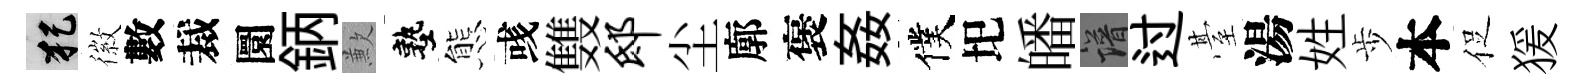
犯徽數裁圜鈵歉塾態彧䨇邸尘廓褒姦僕圯皤譜过䑓湯姓歩本促猨